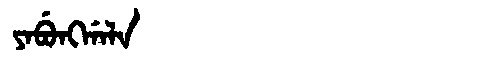
Manchu: ᠶᠠᠪᡠᠩᡤᠠᠯᠠ
Romanization: YABUNGGALA